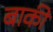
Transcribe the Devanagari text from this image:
बाकीं